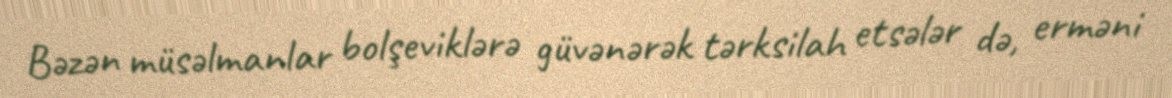
Bəzən müsəlmanlar bolşeviklərə güvənərək tərksilah etsələr də, erməni